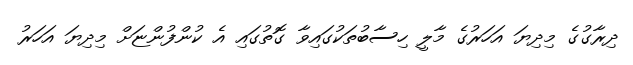
ދިރާގުގެ މިދިޔަ އަހަރުގެ މާލީ ހިސާބުތަކުގައިވާ ގޮތުގައި އެ ކުންފުންޏަށް މިދިޔަ އަހަރު